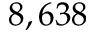
8 , 6 3 8